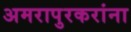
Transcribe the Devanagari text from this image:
अमरापुरकरांना